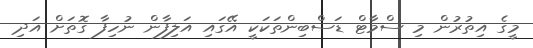
މީގެ އިތުރުން މި ސްމާޓް ޑަސްބިންތަކަކީ އޭގައި އަލިފާން ނުހިފާ ގޮތަށް އަދި